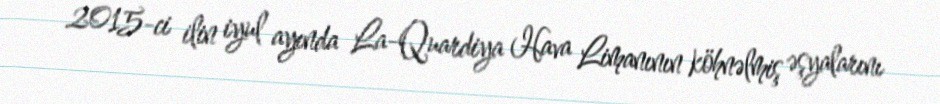
2015-ci ilin iyul ayında La-Quardiya Hava Limanının köhnəlmiş əşyalarını